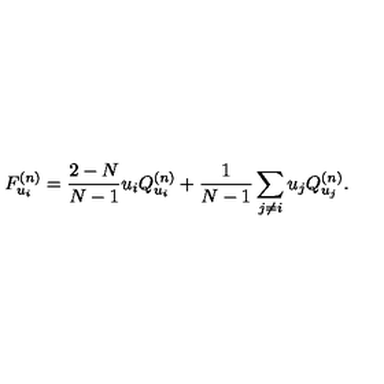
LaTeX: F _ { u _ { i } } ^ { ( n ) } = \frac { 2 - N } { N - 1 } u _ { i } Q _ { u _ { i } } ^ { ( n ) } + \frac { 1 } { N - 1 } \sum _ { j \neq i } u _ { j } Q _ { u _ { j } } ^ { ( n ) } .